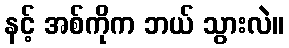
နင့် အစ်ကိုက ဘယ် သွားလဲ။